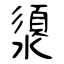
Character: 澃